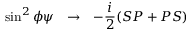
\sin ^ { 2 } \phi \psi \ \ \to \ \ - \frac { i } { 2 } ( S P + P S )